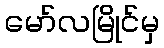
မော်လမြိုင်မှ